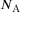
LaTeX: N _ { \mathrm { A } }